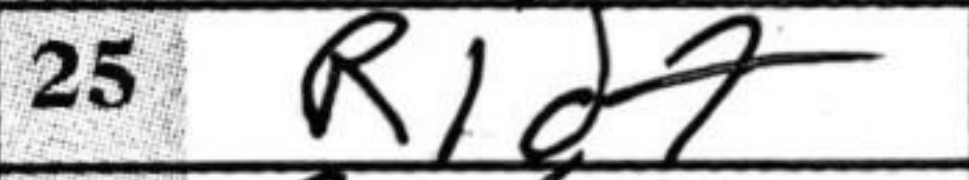
Transcription: R1d7